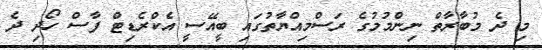
މި ދެ މުބާރާތް ނިންމުމުގެ ރަސްމިއްޔާތުގައި ބީއޭސީ އެކްރެޑިޓް ފާސް ހޯދި ދެ